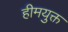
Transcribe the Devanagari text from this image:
हीमयुक्त